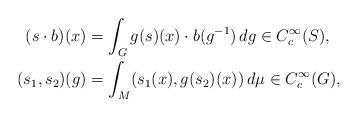
LaTeX: \begin{align*}(s\cdot b)(x) &= \int_G g(s)(x)\cdot b(g^{-1})\,dg\in C_c^\infty(S),\\(s_1,s_2)(g)&=\int_M(s_1(x),g(s_2)(x))\,d\mu\in C_c^\infty(G),\end{align*}